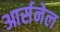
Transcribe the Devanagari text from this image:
आर्सनेल